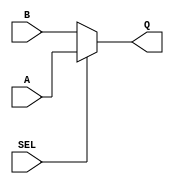
`timescale 1ns / 1ps
//////////////////////////////////////////////////////////////////////////////////
// Company: 
// Engineer: 
// 
// Design Name: 
// Module Name:    data_selector 
// Project Name: 
// Target Devices: 
// Tool versions: 
// Description: 
//
// Dependencies: 
//
// Revision: 
// Revision 0.01 - File Created
// Additional Comments: 
//
//////////////////////////////////////////////////////////////////////////////////
module data_selector(
    input A,
    input B,
    input SEL,
    output reg Q
    );
	 
always @(A or B or SEL)
begin
if (SEL)
	Q = A;
else
	Q = B;
end

endmodule